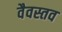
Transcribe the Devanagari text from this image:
वैवस्तव